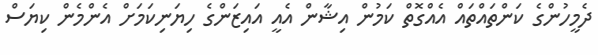
ދެމީހުންގެ ކަންތައްތައް އެއްގޮތް ކަމުން އިޝާން އެއީ އައިޒަންގެ ހިޔަނިކަމަށް އެންމެން ކިޔަސް